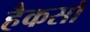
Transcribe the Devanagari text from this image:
हैकसॉ